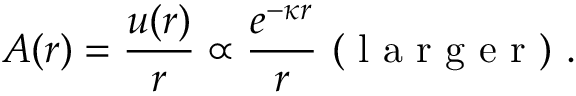
A ( r ) = \frac { u ( r ) } { r } \propto \frac { e ^ { - \kappa r } } { r } \mathrm { ~ ( ~ l ~ a ~ r ~ g ~ e ~ r ~ ) ~ } .